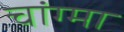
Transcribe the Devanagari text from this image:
चांग्मा